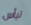
تيأس